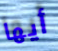
أيها